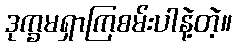
ဒုက္ခမရှာကြစမ်းပါနဲ့တဲ့။